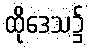
ထိုဒေသ၌